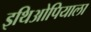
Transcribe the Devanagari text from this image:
इथिओपियाला